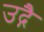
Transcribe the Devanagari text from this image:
उद्गै